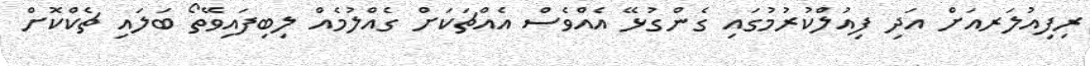
ރިފިއުލަރއަށް އަދި ފިއުލްކުރުމުގައި ގެންގުޅޭ އެއްވެސް އެއްޗަކަށް ގެއްލުމެއް ލިބިފައިވޭތޯ ބަލައި ޗެކްކޮށް